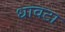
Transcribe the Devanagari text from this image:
धावटा